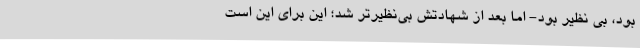
بود، بی نظیر بود- اما بعد از شهادتش بی‌نظیرتر شد؛ این برای این است